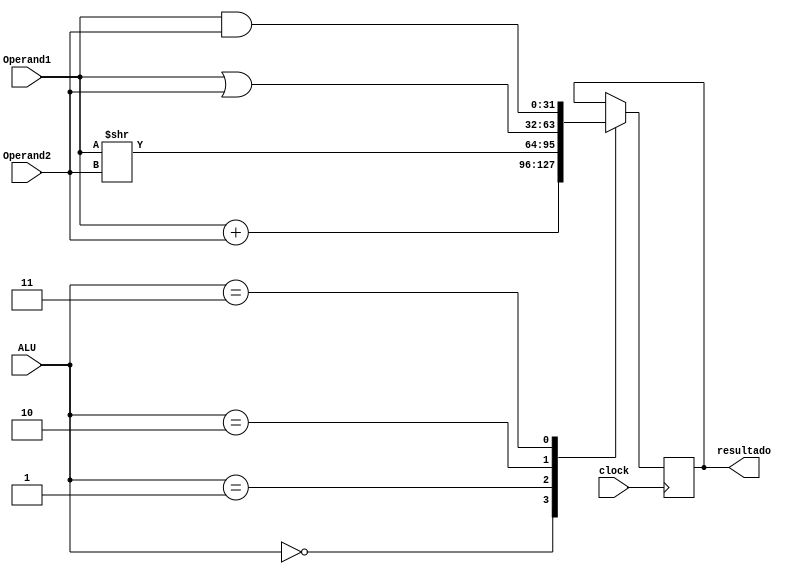
`timescale 1ns / 1ps
//////////////////////////////////////////////////////////////////////////////////
// Company: 
// Engineer: 
// 
// Design Name: 
// Module Name: ALU
// Project Name: 
// Target Devices: 
// Tool Versions: 
// Description: 
// 
// Dependencies: 
// 
// Revision:
// Revision 0.01 - File Created
// Additional Comments:
// 
//////////////////////////////////////////////////////////////////////////////////


module ALU(
    input [2:0] ALU, //Entra ALUCntrl, que para fines de este proyecto, debe representar los 5 (=4'b101 > 3'b11) estados diferentes
    input signed [31:0] Operand1,//Entra ALUSrc1
    input signed [31:0] Operand2,//ALUSrc2
    input clock,
    output reg signed [31:0] resultado //Sale ALUResult
    );
    
    always @(posedge clock) begin
        case (ALU)
            0: resultado <= Operand1 + Operand2;//el mas usado: la suma, caso 000
            1: resultado <= Operand1 >> Operand2;//Caso 001: bitwise shift right
            2: resultado <= Operand1 | Operand2;//Caso 010: bitwise or
            3: resultado <= Operand1 & Operand2;//Caso 011: bitwise and
        endcase
    end
    
endmodule